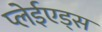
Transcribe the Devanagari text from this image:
प्लेईएड्स